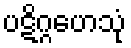
ပဋိဂ္ဂဟေသုံ